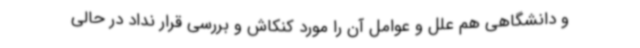
و دانشگاهی هم علل و عوامل آن را مورد کنکاش و بررسی قرار نداد در حالی